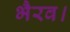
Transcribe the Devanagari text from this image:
भैरव।